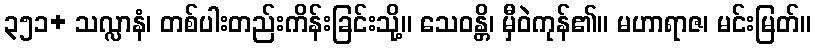
၃၅၁+ သလ္လာနံ၊ တစ်ပါးတည်းကိန်းခြင်းသို့။ သေဝန္တိ၊ မှီဝဲကုန်၏။ မဟာရာဇ၊ မင်းမြတ်။